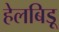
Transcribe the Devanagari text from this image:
हेलबिड़ू